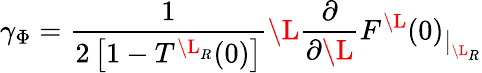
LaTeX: \gamma_{\Phi}=\frac{1}{2\left[1-T^{\L_{R}}(0)\right]}\L\frac{\partial}{\partial\L}{F^{\L}(0)}_{\big|_{\L_{R}}}